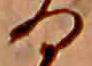
る